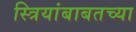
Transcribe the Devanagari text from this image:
स्त्रियांबाबतच्या